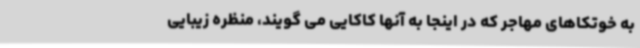
به خوتکاهای مهاجر که در اینجا به آنها کاکایی می گویند، منظره زیبایی